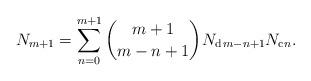
LaTeX: \begin{align*}N_{m+1}=\sum_{n=0}^{m+1}\binom{m+1}{m-n+1}N_{\mathrm{d}\,m-n+1}N_{\mathrm{c}n}.\end{align*}